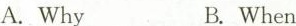
A.Why B.When